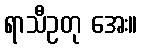
ရာသီဥတု အေး။